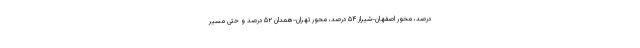
درصد، محور اصفهان-شیراز ۵۴ درصد، محور تهران-همدان ۵۲ درصد و حتی مسیر